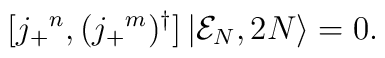
[ j_+{}^n,   (j_+{}^m)^\dagger ]\left |{\cal E}_N,2N \right \rangle= 0 .